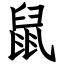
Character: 鼠